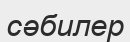
сәбилер